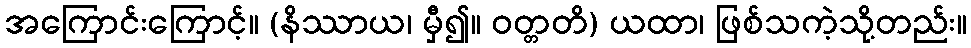
အကြောင်းကြောင့်။ (နိဿာယ၊ မှီ၍။ ဝတ္တတိ) ယထာ၊ ဖြစ်သကဲ့သို့တည်း။